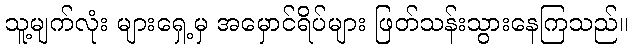
သူ့မျက်လုံး များရှေ့မှ အမှောင်ရိပ်များ ဖြတ်သန်းသွားနေကြသည်။